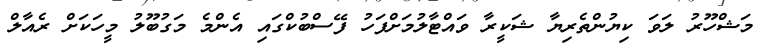
މަޝްހޫރު ލަވަ ކިޔުންތެރިޔާ ޝަކީރާ ވައްޓާލުމަށްފަހު ފޭސްބުކްގައި އެންމެ މަގުބޫލު މީހަކަށް ރެއާލް